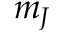
m _ { J }